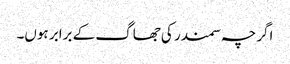
اگرچہ سمندر کی جھاگ کے برابر ہوں۔